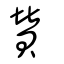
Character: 贊